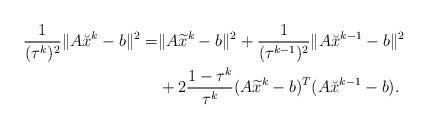
LaTeX: \begin{align*}\begin{aligned}\frac{1}{(\tau^k)^2}\|A\breve{x}^{k}-b\|^2=&\|A\widetilde{x}^{k}-b\|^2+\frac{1}{(\tau^{k-1})^2}\|A\breve{x}^{k-1}-b\|^2\\&+2\frac{1-\tau^k}{\tau^{k}}(A\widetilde{x}^{k}-b)^T(A\breve{x}^{k-1}-b).\end{aligned}\end{align*}